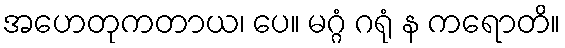
အဟေတုကတာယ၊ ပေ။ မဂ္ဂံ ဂရုံ န ကရောတိ။